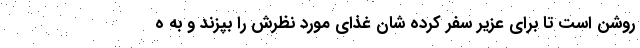
روشن است تا برای عزیر سفر کرده شان غذای مورد نظرش را بپزند و به ه